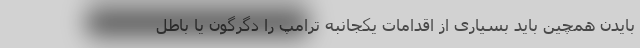
بایدن همچین باید بسیاری از اقدامات یکجانبه ترامپ را دگرگون یا باطل